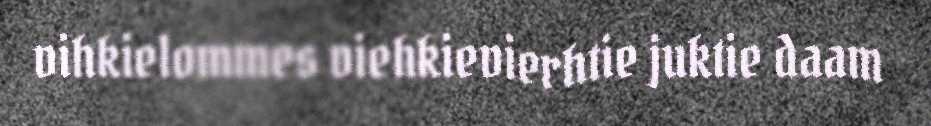
vihkielommes viehkievierhtie juktie daam